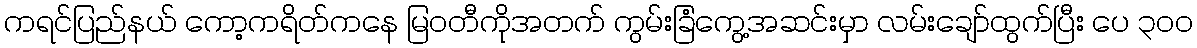
ကရင်ပြည်နယ် ကော့ကရိတ်ကနေ မြဝတီကိုအတက် ကွမ်းခြံကွေ့အဆင်းမှာ လမ်းချော်ထွက်ပြီး ပေ ၃၀၀